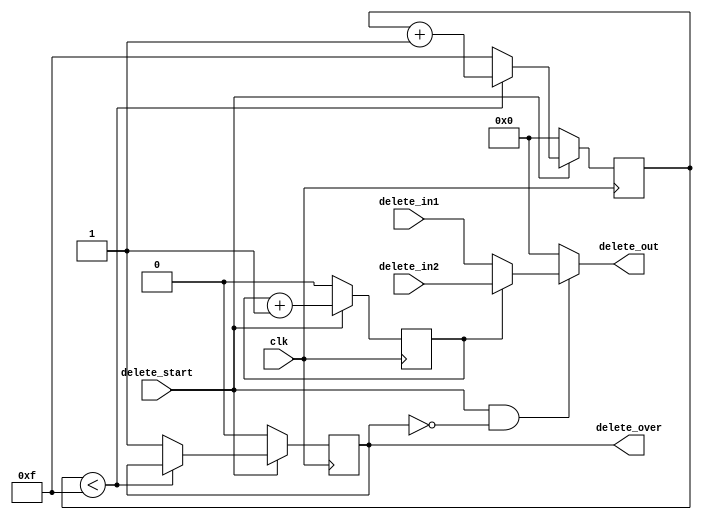
`timescale 1ns / 1ps


module delete(
   input clk,
	input delete_start,          //
	input[3:0] delete_in1,
	input[3:0] delete_in2,
	output[3:0] delete_out,
	output delete_over
    );	 
reg cnt;
reg delete_o;
reg[3:0] cnt_over;

assign delete_over = delete_o;
always @(posedge clk)
 begin
  if(delete_start==0)
   begin
	 cnt<=0;
	 cnt_over<=0;
	 delete_o<=0;
	end
  else
   begin
	 cnt<=cnt+1;
	  if(cnt_over<15)
	   begin
		 cnt_over<=cnt_over+1;
		end
	  else
	   begin
		 cnt_over<=15;
	    delete_o<=1;
		end
	end
 end
 
assign delete_out = (delete_start&&(!delete_over)) ? ((cnt==0) ? delete_in1 : delete_in2) : 0;
endmodule